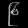
Digit: ၉